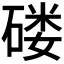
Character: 𱴟